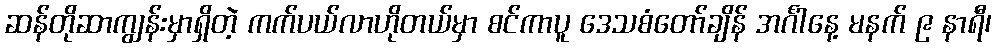
ဆန်တိုဆာကျွန်းမှာရှိတဲ့ ကက်ပယ်လာဟိုတယ်မှာ စင်ကာပူ ဒေသစံတော်ချိန် အင်္ဂါနေ့ မနက် ၉ နာရီ၊